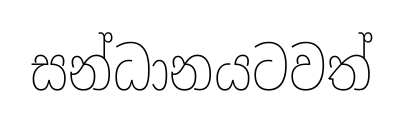
සන්ධානයටවත්